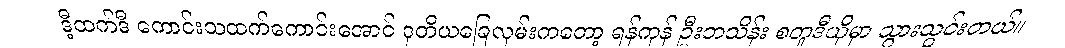
ဒီ့ထက်ဒီ ကောင်းသထက်ကောင်းအောင် ဒုတိယခြေလှမ်းကတော့ ရန်ကုန် ဦးဘသိန်း စတူဒီယိုမှာ သွားသွင်းတယ်။